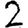
Digit: 2